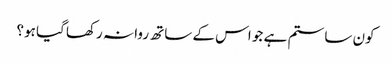
کون سا ستم ہے جو اس کے ساتھ روا نہ رکھا گیا ہو؟